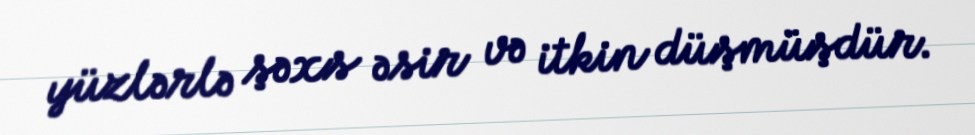
yüzlərlə şəxs əsir və itkin düşmüşdür.